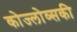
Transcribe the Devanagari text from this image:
कोज्लोव्सकी